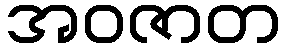
အဝဇာတ